Leprosy in India: report of the Leprosy Commission in India, 1890-91
Year: 1890
Disease focus: Leprosy
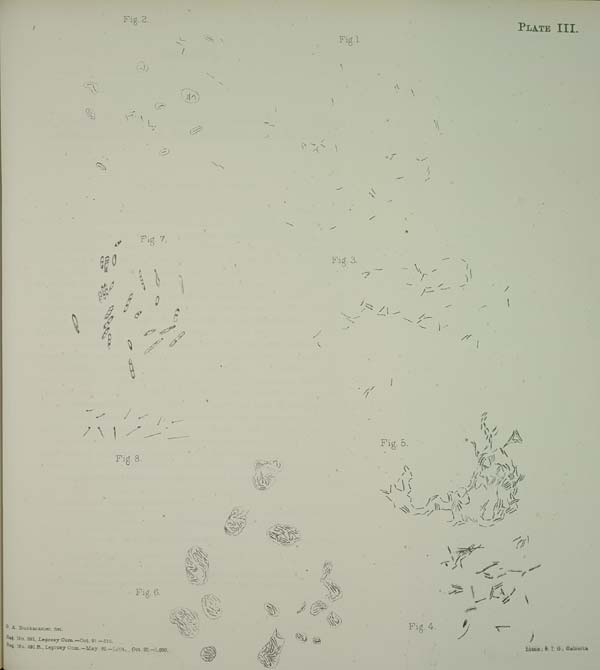
PLATE III.
Fig. 1.
Fig. 2.
Fig. 3.
Fig. 5.
Fig. 4.
Fig. 7.
Fig. 8.
Fig. 6.
G. A. Buckmaster, del.
Reg. No. 391, Leprosy Com.—Oct. 91.—310.
Reg. No. 391 R., Leprosy Com.—May. 92.—1,004. Oct. 92.—1,000.
Litho., S. I. O., Calcutta.